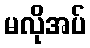
မလိုအပ်